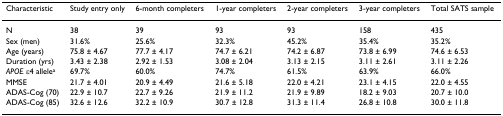
<table><thead><tr><td><b>Characteristic</b></td><td><b>Study entry only</b></td><td><b>6-month completers</b></td><td><b>1-year completers</b></td><td><b>2-year completers</b></td><td><b>3-year completers</b></td><td><b>Total SATS sample</b></td></tr></thead><tbody><tr><td>N</td><td>38</td><td>39</td><td>93</td><td>93</td><td>158</td><td>435</td></tr><tr><td>Sex (men)</td><td>31.6%</td><td>25.6%</td><td>32.3%</td><td>45.2%</td><td>35.4%</td><td>35.2%</td></tr><tr><td>Age (years)</td><td>75.8 ± 4.67</td><td>77.7 ± 4.17</td><td>74.7 ± 6.21</td><td>74.2 ± 6.87</td><td>73.8 ± 6.99</td><td>74.6 ± 6.53</td></tr><tr><td>Duration (yrs)</td><td>3.43 ± 2.38</td><td>2.92 ± 1.53</td><td>3.08 ± 2.04</td><td>3.13 ± 2.15</td><td>3.11 ± 2.61</td><td>3.11 ± 2.26</td></tr><tr><td><i>APOE </i>ε4 allele<sup>a</sup></td><td>69.7%</td><td>60.0%</td><td>74.7%</td><td>61.5%</td><td>63.9%</td><td>66.0%</td></tr><tr><td>MMSE</td><td>21.7 ± 4.01</td><td>20.9 ± 4.49</td><td>21.6 ± 5.18</td><td>22.0 ± 4.21</td><td>23.1 ± 4.15</td><td>22.0 ± 4.55</td></tr><tr><td>ADAS-Cog (70)</td><td>22.9 ± 10.7</td><td>22.7 ± 9.26</td><td>21.9 ± 11.2</td><td>21.9 ± 9.89</td><td>18.2 ± 9.03</td><td>20.7 ± 10.0</td></tr><tr><td>ADAS-Cog (85)</td><td>32.6 ± 12.6</td><td>32.2 ± 10.9</td><td>30.7 ± 12.8</td><td>31.3 ± 11.4</td><td>26.8 ± 10.8</td><td>30.0 ± 11.8</td></tr></tbody></table>